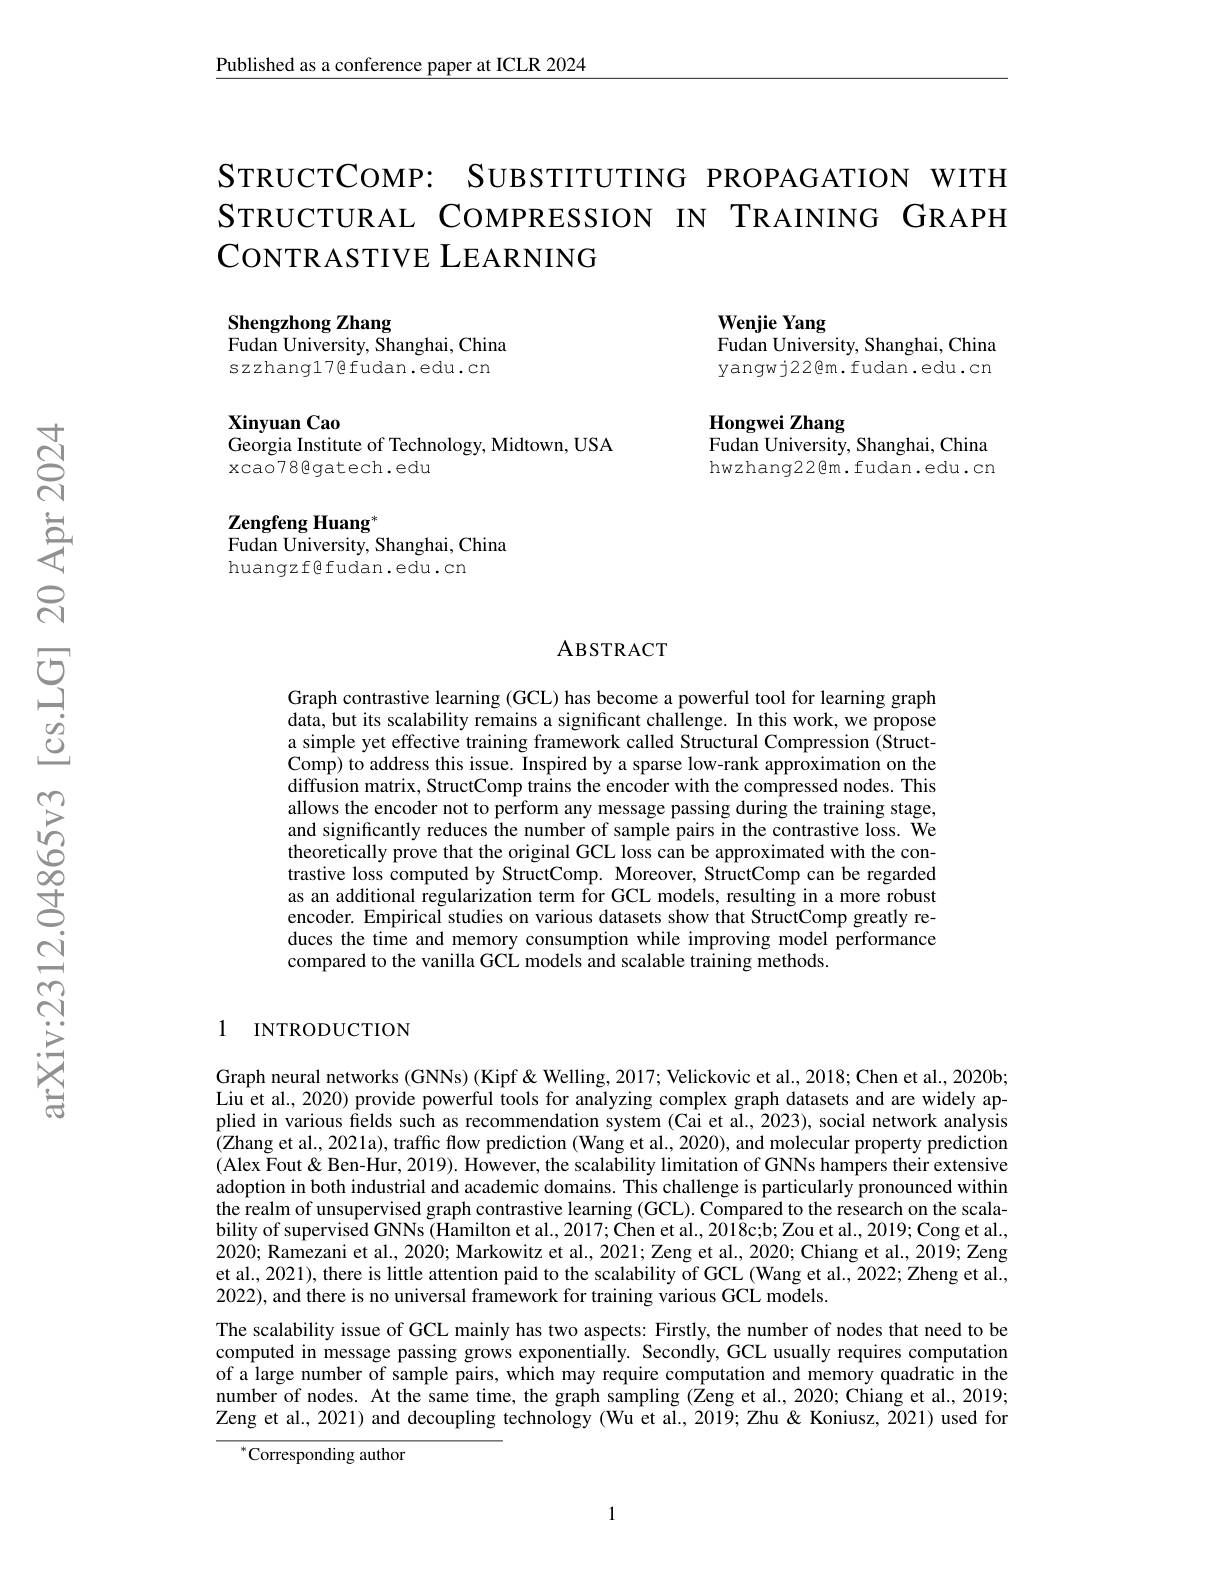
Published as a conference paper at ICLR 2024

SткистСомР: SUвзтIтUTING PROPAGATION WITH STRUCTURAL COMPRESSION IN TRAINING GRAPH CoNTRASTIVE LEARNING

Shengzhong Zhang
Fudan University, Shanghai, China szzhang17@fudan.edu.cn

Wenjie Yang
Fudan University, Shanghai, China yangwj22@m.fudan.edu.cn

Xinyuan Cao
Georgia Institute of Technology, Midtown, USA
xcao78gatech.edu

Hongwei Zhang
Fudan University, Shanghai, China hwzhang22@m.fudan.edu.cn

Zengfeng Huang$^*$
Fudan University, Shanghai, China
huangzfgEEudan.edu.cn

### ABSTRACT

Graph contrastive learning (GCL) has become a powerful tool for learning graph data, but its scalability remains a significant challenge. In this work, we propose a simple yet effective training framework called Structural Compression (StructComp) to address this issue. Inspired by a sparse low-rank approximation on the diffusion matrix, StructComp trains the encoder with the compressed nodes. This allows the encoder not to perform any message passing during the training stage, and significantly reduces the number of sample pairs in the contrastive loss. We theoretically prove that the original GCL loss can be approximated with the contrastive loss computed by StructComp. Moreover, StructComp can be regarded as an additional regularization term for GCL models, resulting in a more robust encoder. Empirical studies on various datasets show that StructComp greatly reduces the time and memory consumption while improving model performance compared to the vanilla GCL models and scalable training methods.

### 1 INTRODUCTION

Graph neural networks (GNNs) (Kipf &Welling, 2017; Velickovic et al., 2018; Chen et al., 2020b; Liu et al., 2020) provide powerful tools for analyzing complex graph datasets and are widely applied in various fields such as recommendation system (Cai et al., 2023), social network analysis (Zhang et al., 2021a), traffic flow prediction (Wang et al., 2020), and molecular property prediction (Alex Fout &Ben-Hur, 2019). However, the scalability limitation of GNNs hampers their extensive adoption in both industrial and academic domains. This challenge is particularly pronounced within the realm of unsupervised graph contrastive learning (GCL). Compared to the research on the scalability of supervised GNNs (Hamilton et al., 2017; Chen et al., 2018c;b; Zou et al., 2019; Cong et al., 2020; Ramezani et al., 2020; Markowitz et al., 2021; Zeng et al., 2020; Chiang et al., 2019; Zeng et al., 2021), there is little attention paid to the scalability of GCL (Wang et al., 2022; Zheng et al., 2022), and there is no universal framework for training various GCL models.
The scalability issue of GCL mainly has two aspects: Firstly, the number of nodes that need to be computed in message passing grows exponentially. Secondly, GCL usually requires computation of a large number of sample pairs, which may require computation and memory quadratic in the number of nodes. At the same time, the graph sampling ($\hat{\text{Zeng et al.,2020;Chiang et al.,2019;}}$ Zeng et al., 2021) and decoupling technology (Wu et al., 2019; Zhu & Koniusz, 2021) used for

${}^{*}$Corresponding author

1